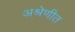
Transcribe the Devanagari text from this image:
अश्रेणीत